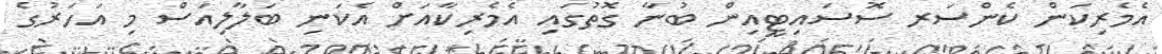
އެމެރިކަން ކެންސަރ ސޮސައިޓީއިން ބުނާ ގޮތުގައި އެމެރިކާއަށް އެކަނި ބަލާލިއަސް މި އަހަރުގެ